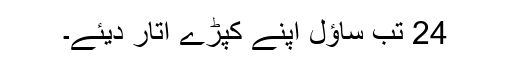
24 تب ساؤل اپنے کپڑے اُتار دیئے۔